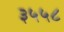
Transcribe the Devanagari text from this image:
३५५८